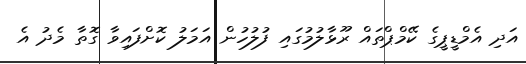
އަދި އެމްޑީޕީގެ ކޭމްޕްތައް ރޫޅާލުމުގައި ފުލުހުން އަމަލު ކޮށްފައިވާ ގޮތާ މެދު އެ